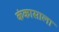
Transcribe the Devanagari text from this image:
कंकासाला